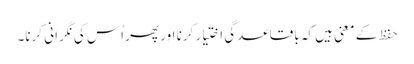
حَفَظَ کے معنی ہیں کہ باقاعدگی اختیار کرنا اور پھر اُس کی نگرانی کرنا۔